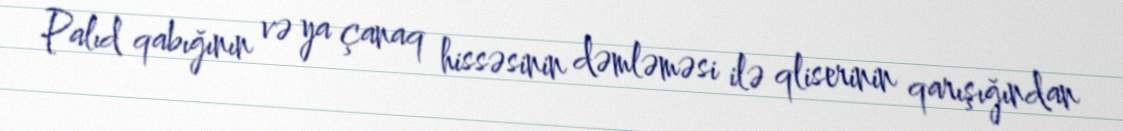
Palıd qabığının və ya çanaq hissəsinin dəmləməsi ilə qliserinin qarışığından